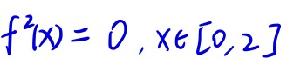
\[
f^{2}(x)=0,x\in[0,2]
\]